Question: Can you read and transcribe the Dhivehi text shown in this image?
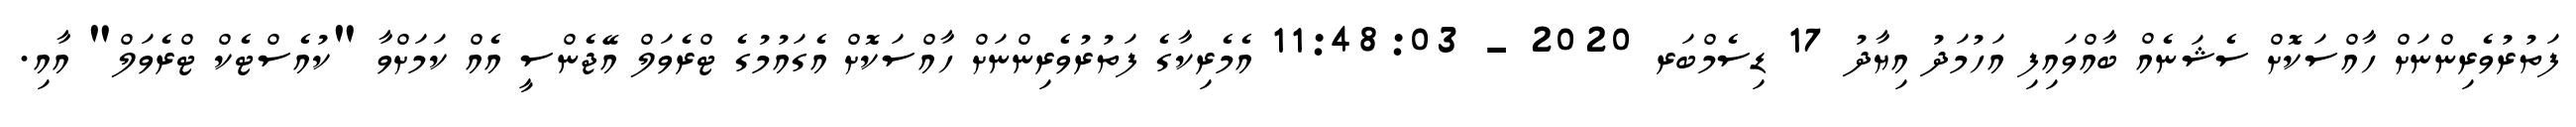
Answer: ފަތުރުވެރިންނަށް ހާއްސަކޮށް ސެޝަނެއް ބާއްވައިފި އަހުމަދު އިޔާދު 17 ޑިސެމްބަރ 2020 - 11:48:03 އެމެރިކާގެ ފަތުރުވެރިންނަށް ހާއްސަކޮށް އެގައުމުގެ ޓްރެވަލް އޭޖެންސީ އެއް ކަމަށްވާ "ކުއެސްޓެކް ޓްރެވަލް" އާއި.